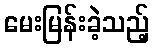
မေးမြန်းခဲ့သည့်